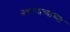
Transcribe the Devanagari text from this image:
नवरंगाच्याच्या